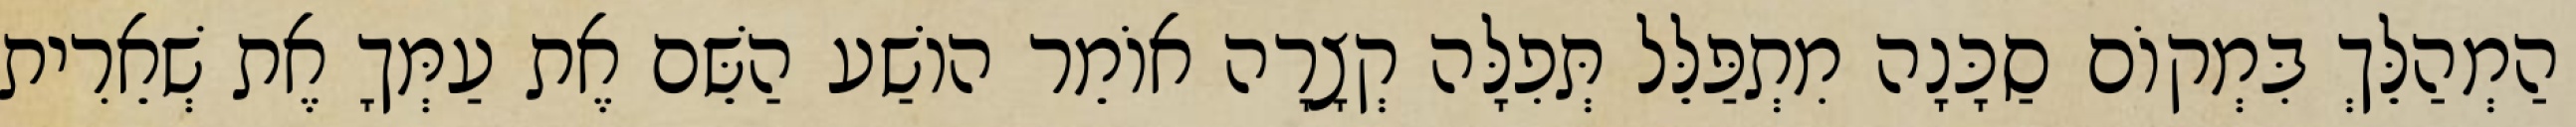
הַמְהַלֵּךְ בִּמְקוֹם סַכָּנָה מִתְפַּלֵּל תְּפִלָּה קְצָרָה אוֹמֵר הוֹשַׁע הַשֵּׁם אֶת עַמְּךָ אֶת שְׁאֵרִית